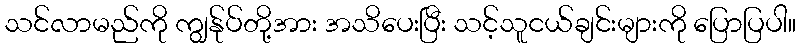
သင်လာမည်ကို ကျွန်ုပ်တို့အား အသိပေးပြီး သင့်သူငယ်ချင်းများကို ပြောပြပါ။